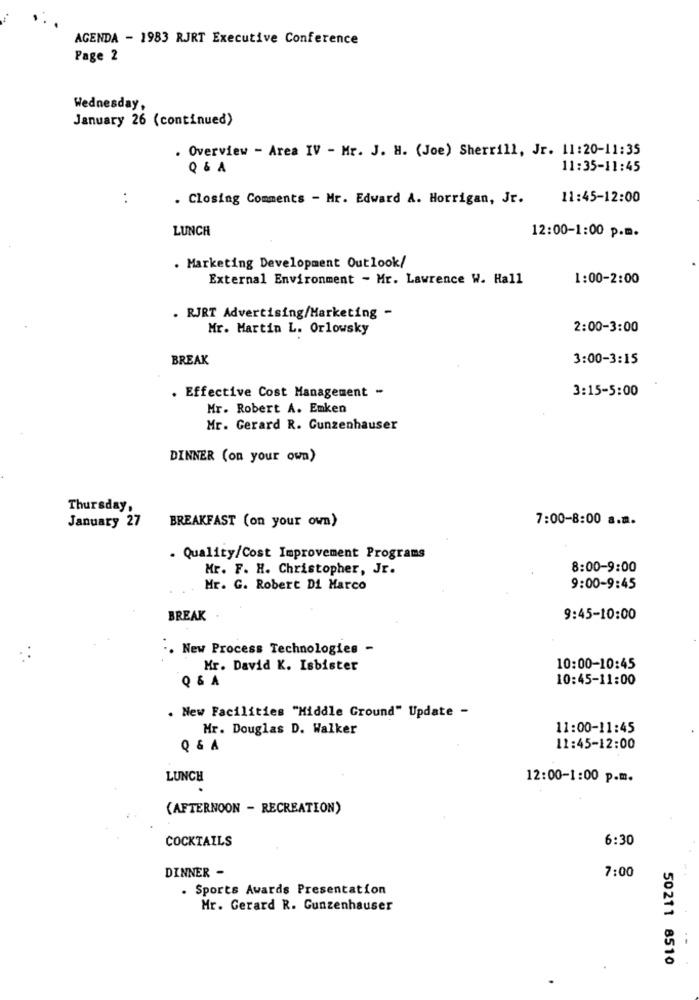
AGENDA - 1983 RJRT Executive Conference
Page 2
Wednesday,
January 26 (continued)
. Overview - Area IV - Mr. J. H. (Joe) Sherrill, Jr. 11:20-11:35
Q & A
11:35-11:45
. .
. Closing Comments - Mr. Edward A. Horrigan, Jr.
11:45-12:00
LUNCH
12:00-1:00 p.m.
. Marketing Development Outlook/
External Environment - Mr. Lawrence W. Hall
1:00-2:00
. RJRT Advertising/Marketing -
Mr. Martin L. Orlowsky
2:00-3:00
BREAK
3:00-3:15
3:15-5:00
. Effective Cost Management -
Mr. Robert A. Emken
Mr. Gerard R. Cunzenhauser
DINNER (on your own)
Thursday,
January 27
7:00-8:00 a.m.
BREAKFAST (on your own)
. Quality/Cost Improvement Programs
Mr. F. H. Christopher, Jr.
8:00-9:00
Mr. G. Robert Di Marco
9:00-9:45
BREAK
9:45-10:00
.. New Process Technologies -
Mr. David K. Isbister
10:00-10:45
10:45-11:00
. New Facilities "Middle Ground" Update -
Mr. Douglas D. Walker
11:00-11:45
11:45-12:00
LUNCH
12:00-1:00 p.m.
(AFTERNOON - RECREATION)
COCKTAILS
6:30
DINNER -
7:00
. Sports Awards Presentation
Mr. Gerard R. Gunzenhauser
50211 8510